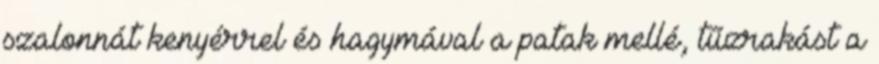
szalonnát kenyérrel és hagymával a patak mellé, tűzrakást a